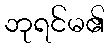
ဘုရင်မ၏